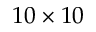
1 0 \times 1 0